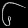
Digit: ၆